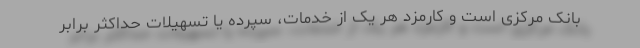
بانک مرکزی است و کارمزد هر یک از خدمات، سپرده یا تسهیلات حداکثر برابر